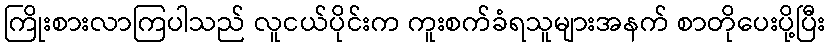
ကြိုးစားလာကြပါသည် လူငယ်ပိုင်းက ကူးစက်ခံရသူများအနက် စာတိုပေးပို့ပြီး